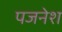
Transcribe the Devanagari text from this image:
पजनेश